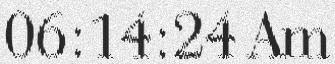
06:14:24 Am